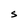
Character: S